Annual administration report of the Civil Veterinary Department of India - 1898-1899
Year: 1898
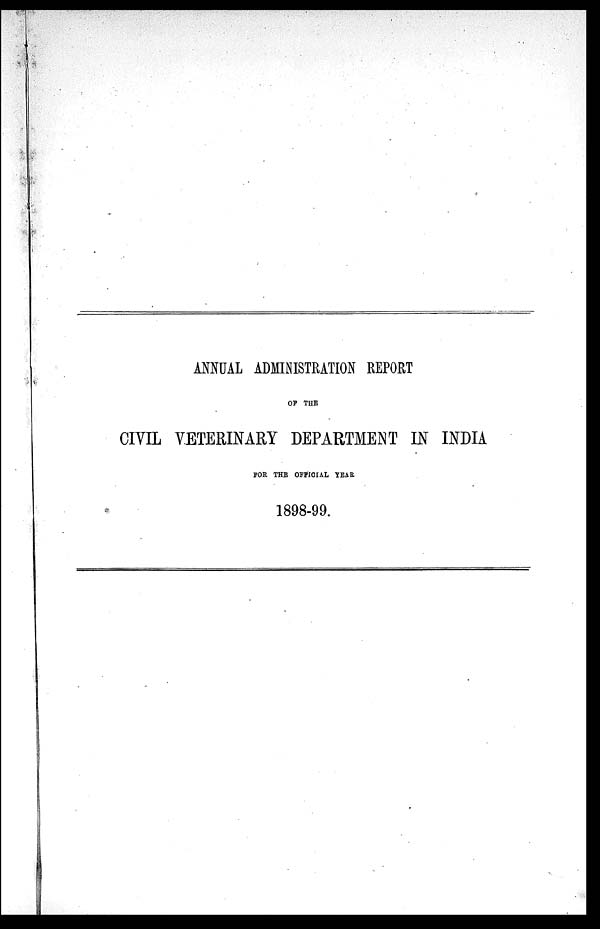
ANNUAL ADMINISTRATION REPORT
OF THE
CIVIL VETERINARY DEPARTMENT IN INDIA
FOR THE OFFICIAL YEAR.
1898-99.